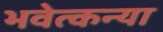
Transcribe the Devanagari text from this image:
भवेत्कन्या